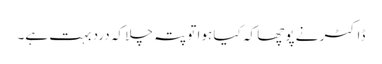
ڈاکٹر نے پوچھا کہ کیا ہوا تو پتہ چلا کہ درد بہت ہے۔